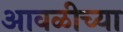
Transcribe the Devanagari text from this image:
आवळीच्या